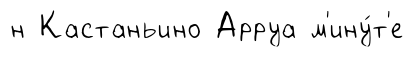
н Кастаньино Арруа м'ину́т'е